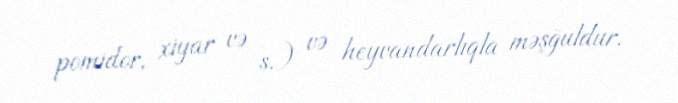
pomidor, xiyar və s.) və heyvandarlıqla məşğuldur.